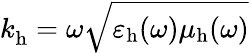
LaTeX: k_{\mathrm{h}}^{}=\omega\sqrt{\varepsilon_{\mathrm{h}}(\omega)\mu_{\mathrm{h}}(\omega)}